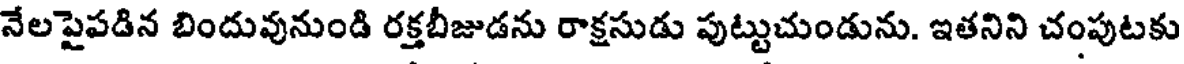
నేలపైపడిన బిందువునుండి రక్తబీజుడను రాక్షసుడు పుట్టుచుండును. ఇతనిని చంపుటకు